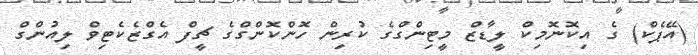
(އޭޕެކް) ގެ އިކޮނޮމިކް ލީޑާޒް މީޓިންގްގެ ކުރިން ހޮންކޮންގްގެ ޗީފް އެގްޒެކެޓިވް ލިއުންގް